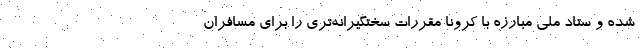
شده و ستاد ملی مبارزه با کرونا مقررات سختگیرانه‌تری را برای مسافران